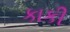
કાકી